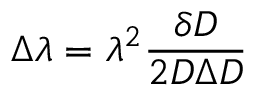
\Delta \lambda = \lambda ^ { 2 } { \frac { \delta D } { 2 D \Delta D } }